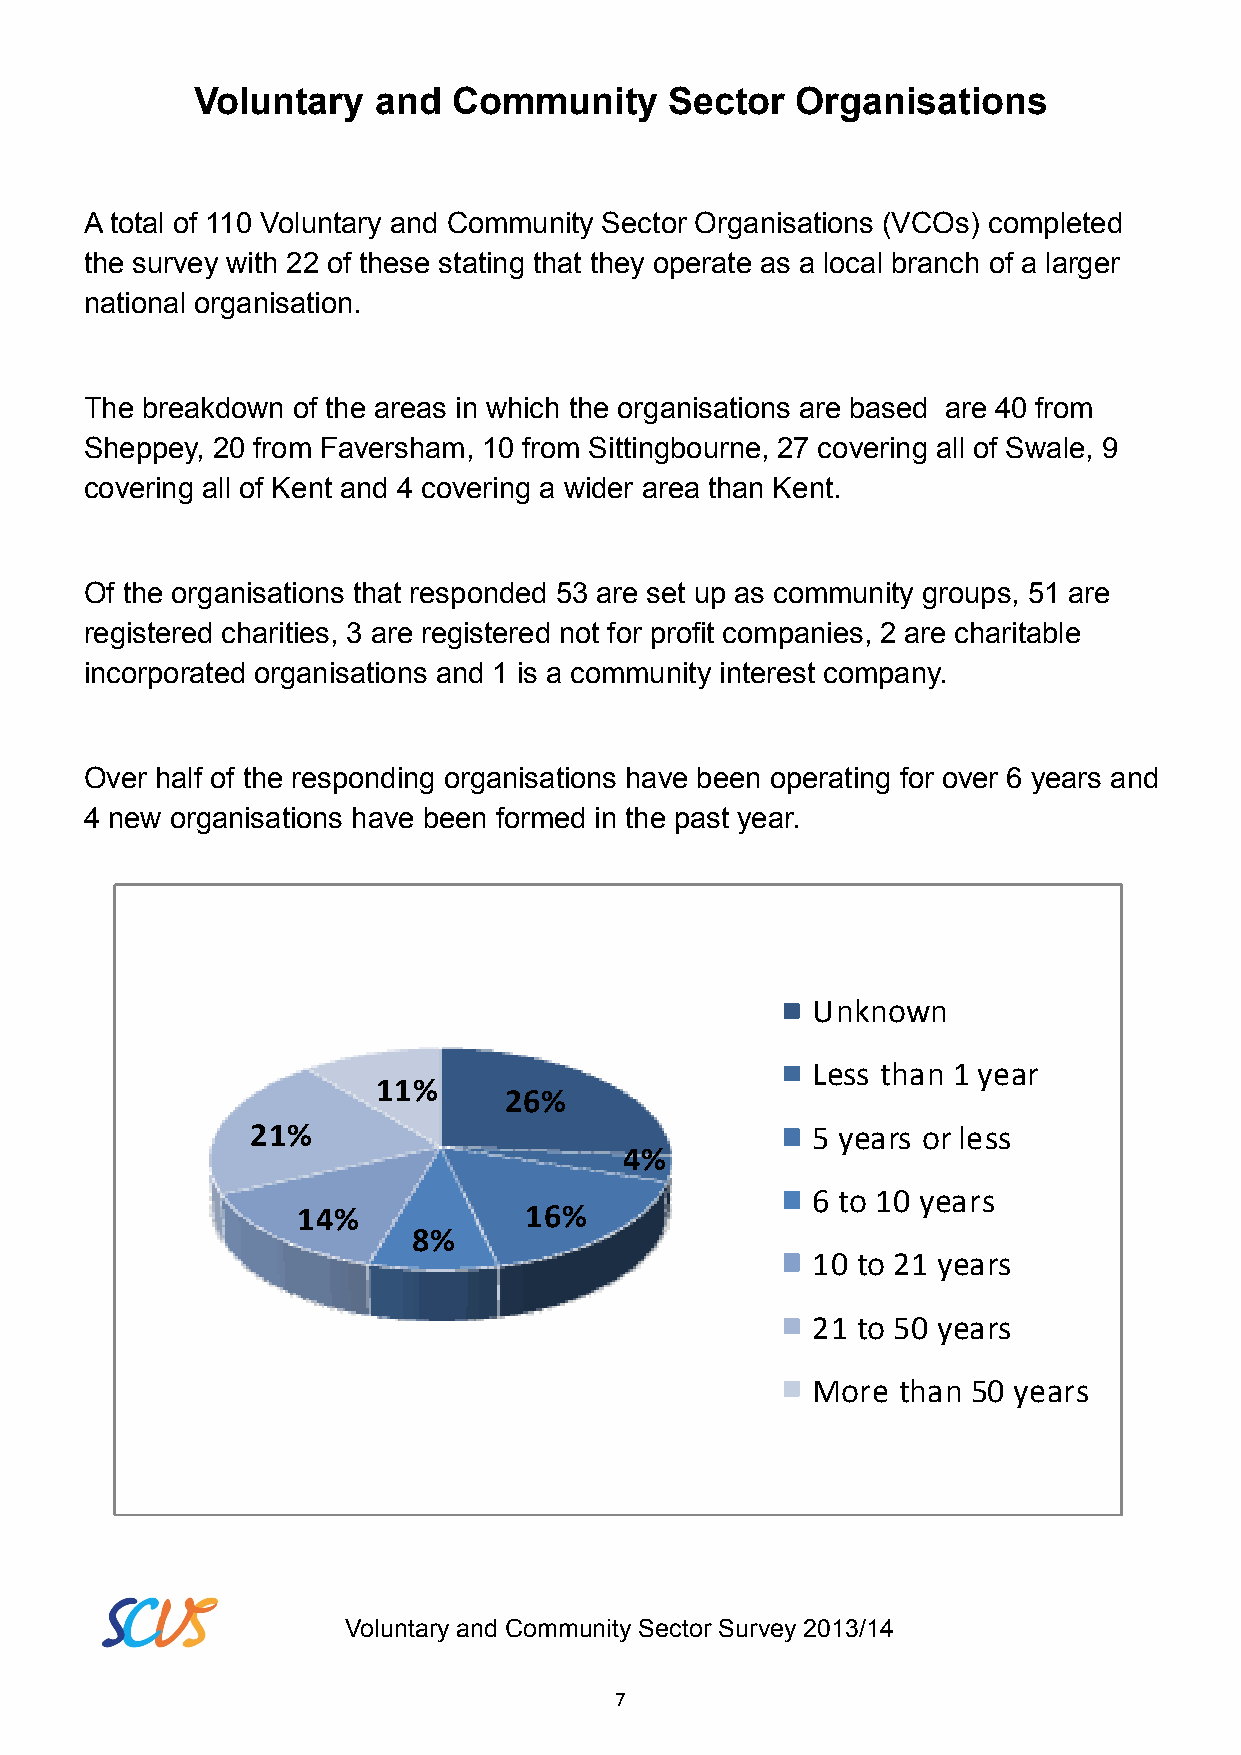
Voluntary   and  Community     Sector   Organisations
 A total of 110 Voluntary and Community Sector Organisations (VCOs) completed
 the survey with 22 of these stating that they operate as a local branch of a larger
 national organisation.
 The breakdown of the areas in which the organisations are based are 40 from
 Sheppey, 20 from Faversham, 10 from Sittingbourne, 27 covering all of Swale, 9
 covering all of Kent and 4 covering a wider area than Kent.
 Of the organisations that responded 53 are set up as community groups, 51 are
 registered charities, 3 are registered not for profit companies, 2 are charitable
 incorporated organisations and 1 is a community interest company.
 Over half of the responding organisations have been operating for over 6 years and
 4 new organisations have been formed in the past year.
 Unknown
 Less than 1 year
 11%
 26%
 21%                                  5 years or less
 4%
 6 to 10 years
 14%            16%
 8%
 10 to 21 years
 21 to 50 years
 More than 50 years
 Voluntary and Community Sector Survey 2013/14
 7